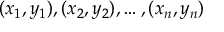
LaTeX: ( x _ { 1 } , y _ { 1 } ) , ( x _ { 2 } , y _ { 2 } ) , \ldots , ( x _ { n } , y _ { n } )